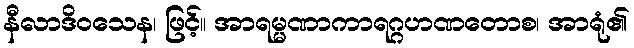
နီလာဒိဝသေန၊ ဖြင့်။ အာရမ္မဏာကာရဂ္ဂဟဏတောစ၊ အာရုံ၏